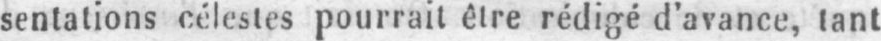
sentations célestes pourrait être rédigé d’avance, tant